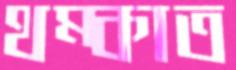
থম্‌কাত